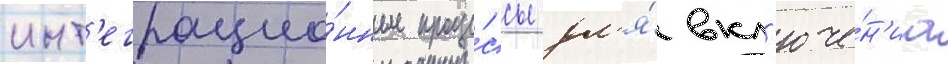
инт'еграцио́нные проце́ссы дл'я́ вкл'юче́н'иа